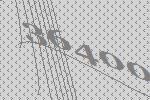
36400